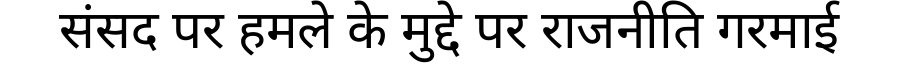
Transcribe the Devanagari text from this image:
संसद पर हमले के मुद्दे पर राजनीति गरमाई